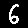
Digit: 6